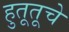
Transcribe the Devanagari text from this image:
हुतूतूचे